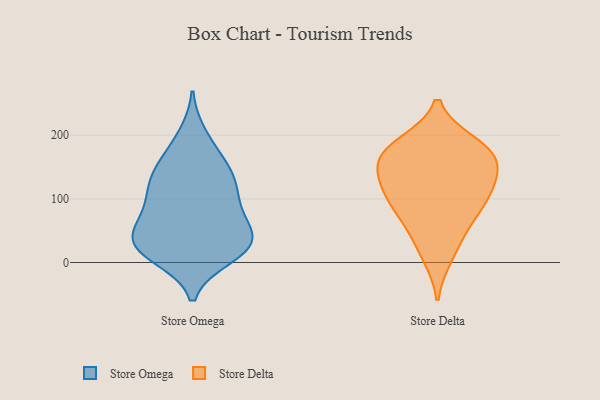
{"axis": {"x": "Latency (ms)", "y": "Value"}, "legend": ["Store Delta", "Store Omega"], "data": [{"x": "", "y": 70, "type": "Store Omega"}, {"x": "", "y": 31, "type": "Store Omega"}, {"x": "", "y": 39, "type": "Store Omega"}, {"x": "", "y": 51, "type": "Store Omega"}, {"x": "", "y": 141, "type": "Store Omega"}, {"x": "", "y": 103, "type": "Store Omega"}, {"x": "", "y": 114, "type": "Store Omega"}, {"x": "", "y": 30, "type": "Store Omega"}, {"x": "", "y": 172, "type": "Store Omega"}, {"x": "", "y": 199, "type": "Store Omega"}, {"x": "", "y": 70, "type": "Store Omega"}, {"x": "", "y": 10, "type": "Store Omega"}, {"x": "", "y": 21, "type": "Store Omega"}, {"x": "", "y": 21, "type": "Store Omega"}, {"x": "", "y": 140, "type": "Store Omega"}, {"x": "", "y": 139, "type": "Store Omega"}, {"x": "", "y": 99, "type": "Store Omega"}, {"x": "", "y": 22, "type": "Store Omega"}, {"x": "", "y": 127, "type": "Store Delta"}, {"x": "", "y": 11, "type": "Store Delta"}, {"x": "", "y": 186, "type": "Store Delta"}, {"x": "", "y": 163, "type": "Store Delta"}, {"x": "", "y": 180, "type": "Store Delta"}, {"x": "", "y": 173, "type": "Store Delta"}, {"x": "", "y": 43, "type": "Store Delta"}, {"x": "", "y": 106, "type": "Store Delta"}, {"x": "", "y": 108, "type": "Store Delta"}, {"x": "", "y": 140, "type": "Store Delta"}, {"x": "", "y": 89, "type": "Store Delta"}, {"x": "", "y": 74, "type": "Store Delta"}, {"x": "", "y": 162, "type": "Store Delta"}]}